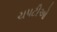
ચપટીઓ